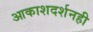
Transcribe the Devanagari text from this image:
आकाशदर्शनही